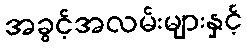
အခွင့်အလမ်းများနှင့်